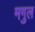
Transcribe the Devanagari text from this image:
मगुल